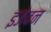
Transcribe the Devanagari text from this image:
इजेवन